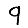
Digit: 9